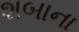
શબાના